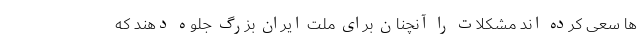
ها سعی کرده اند مشکلات را آنچنان برای ملت ایران بزرگ جلوه دهند که